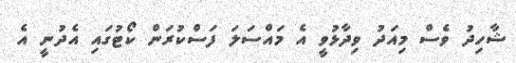
ޝާހިދު ވެސް މިއަދު ވިދާޅުވީ އެ މައްސަލަ ފަސްކުރަން ކޯޓުގައި އެދުނީ އެ